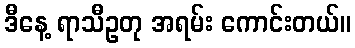
ဒီနေ့ ရာသီဥတု အရမ်း ကောင်းတယ်။